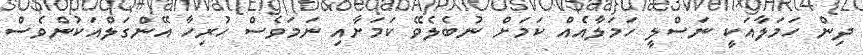
ދިން ހަމަލާއަކީ ނަސްލީ ހަމަލާއެއް ކަމަށް ނުބެލެވޭ ކަމަށާއި ނަމަވެސް ހުރިހާ އޭންގަލްއަކުންވެސް